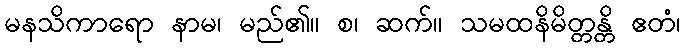
မနသိကာရော နာမ၊ မည်၏။ စ၊ ဆက်။ သမထနိမိတ္တန္တိ ဧတံ၊